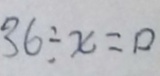
3 6 \div x = 0